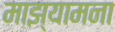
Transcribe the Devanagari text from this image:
माझ्यामना